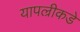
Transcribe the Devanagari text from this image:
यापल्रीकडे